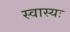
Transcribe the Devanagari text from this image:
स्वास्यः